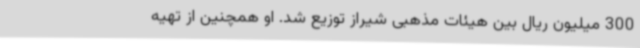
300 میلیون ریال بین هیئات مذهبی شیراز توزیع شد. او همچنین از تهیه